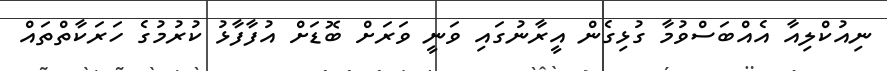
ނިއުކްލިއާ އެއްބަސްވުމާ ގުޅިގެން އީރާނުގައި ވަނީ ވަރަށް ބޮޑަށް އުފާފާޅު ކުރުމުގެ ހަރަކާތްތައް